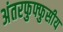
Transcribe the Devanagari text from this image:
अंतरफुफ्फुसीय